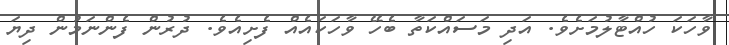
ވާހަކަ ހުއްޓާލުމަށެވެ. އަދި މަސައްކަތާ ބެހޭ ވާހަކައެއް ފެށިއެވެ. ދުރުން ފެންނަމުން ދިޔަ